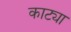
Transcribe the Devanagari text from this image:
काट्या